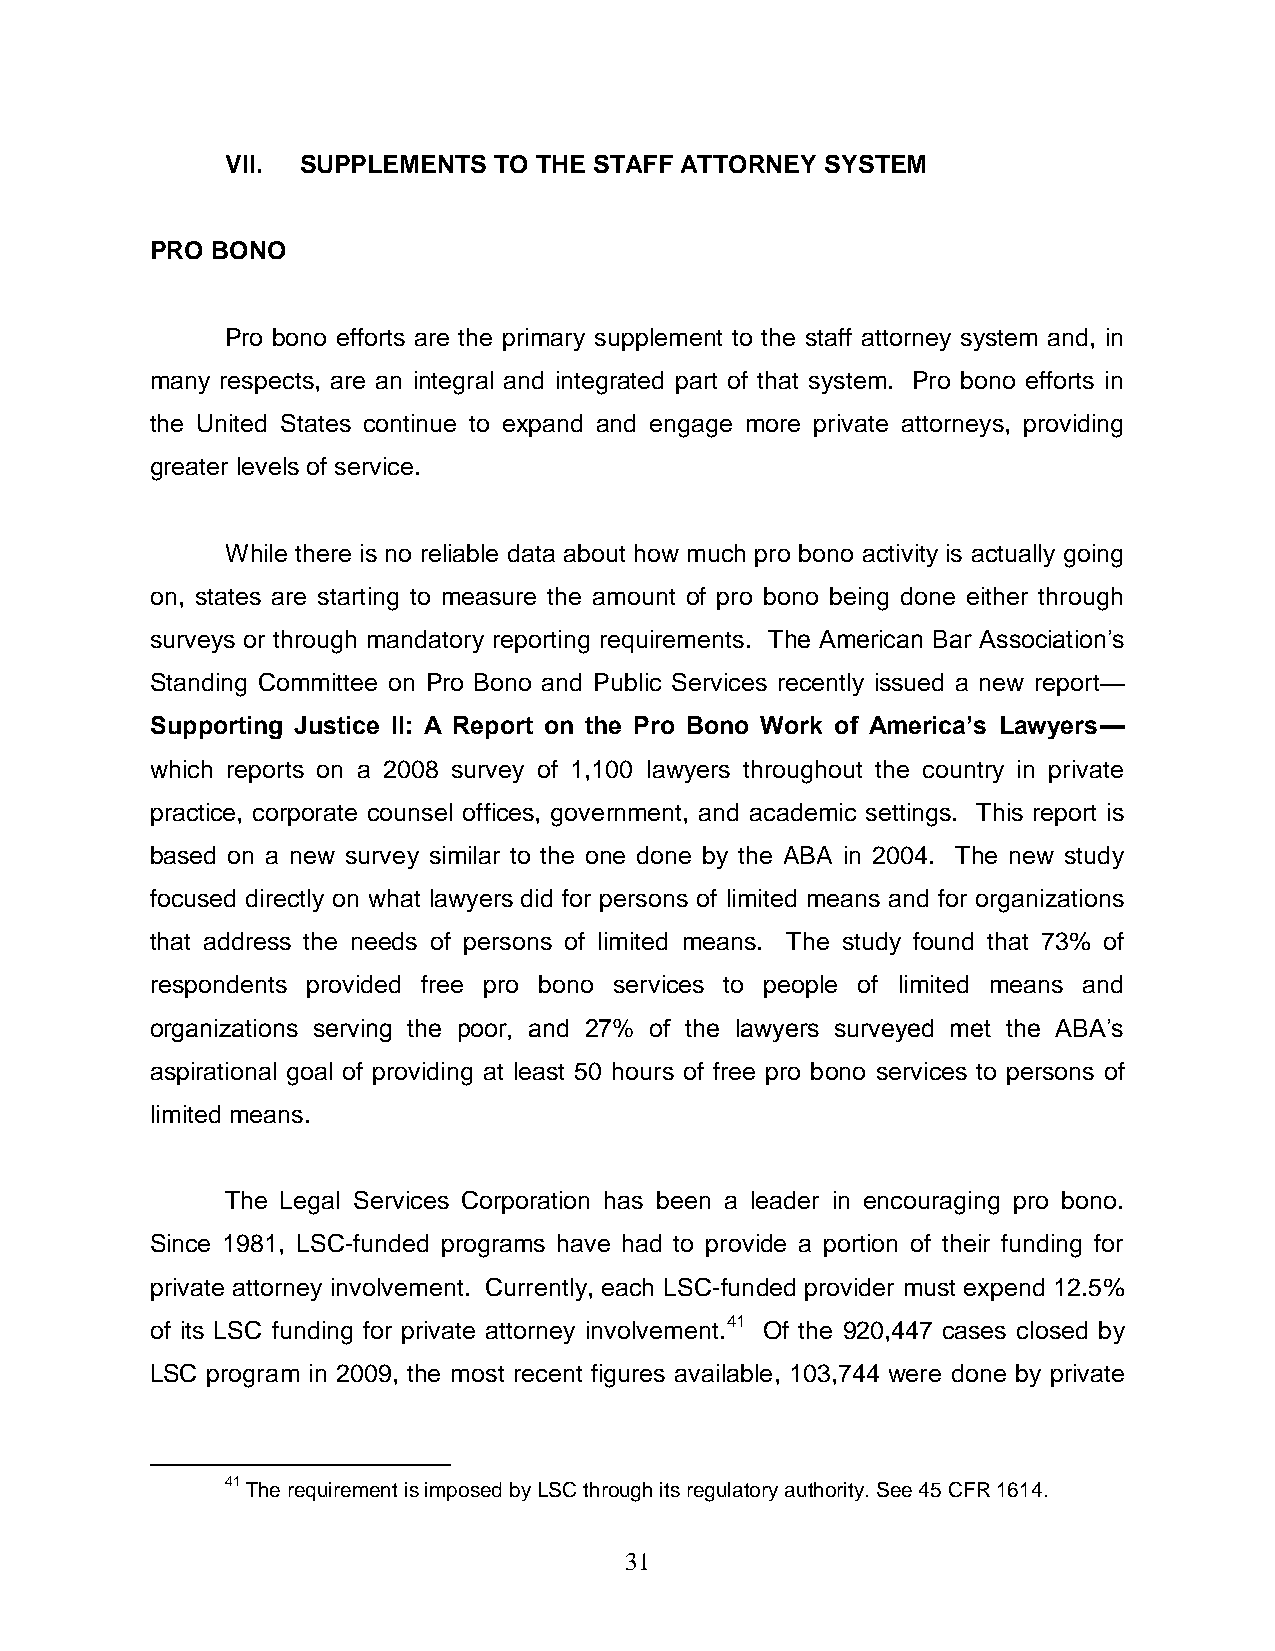
VII. SUPPLEMENTS  TO THE STAFF ATTORNEY SYSTEM
 PRO BONO
 Pro bono efforts are the primary supplement to the staff attorney system and, in
 many respects, are an integral and integrated part of that system. Pro bono efforts in
 the United States continue to expand and engage more private attorneys, providing
 greater levels of service.
 While there is no reliable data about how much pro bono activity is actually going
 on, states are starting to measure the amount of pro bono being done either through
 surveys or through mandatory reporting requirements. The American Bar Association’s
 Standing Committee on Pro Bono and Public Services recently issued a new report—
 Supporting Justice II: A Report on the Pro Bono Work of America’s Lawyers—
 which reports on a 2008 survey of 1,100 lawyers throughout the country in private
 practice, corporate counsel offices, government, and academic settings. This report is
 based on a new survey similar to the one done by the ABA in 2004. The new study
 focused directly on what lawyers did for persons of limited means and for organizations
 that address the needs of persons of limited means. The study found that 73% of
 respondents provided free pro bono services to people of limited means and
 organizations serving the poor, and 27% of the lawyers surveyed met the ABA’s
 aspirational goal of providing at least 50 hours of free pro bono services to persons of
 limited means.
 The Legal Services Corporation has been a leader in encouraging pro bono.
 Since 1981, LSC-funded programs have had to provide a portion of their funding for
 private attorney involvement. Currently, each LSC-funded provider must expend 12.5%
 of its LSC funding for private attorney involvement.41 Of the 920,447 cases closed by
 LSC program in 2009, the most recent figures available, 103,744 were done by private
 41 The requirement is imposed by LSC through its regulatory authority. See 45 CFR 1614.
 31